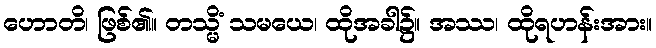
ဟောတိ၊ ဖြစ်၏။ တသ္မိံ သမယေ၊ ထိုအခါ၌။ အဿ၊ ထိုရဟန်းအား။